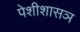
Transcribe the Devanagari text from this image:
पेशीशासञ